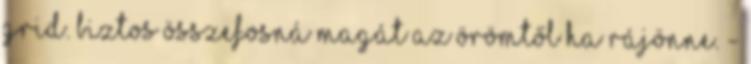
Grid. biztos összefosná magát az örömtől ha rájönne. -